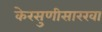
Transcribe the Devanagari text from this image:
केरसुणीसारखा